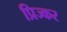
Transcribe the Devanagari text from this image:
प्रिज्कर